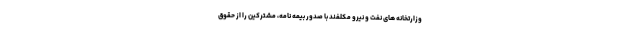
وزارتخانه های نفت و نیرو مکلفند با صدور بیمه نامه، مشترکین را از حقوق